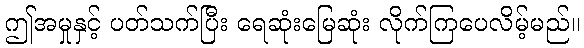
ဤအမှုနှင့် ပတ်သက်ပြီး ရေဆုံးမြေဆုံး လိုက်ကြပေလိမ့်မည်။